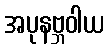
အပုနဗ္ဘဝါယ